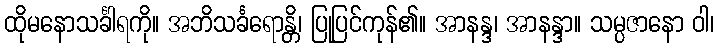
ထိုမနောသင်္ခါရကို။ အဘိသင်္ခရောန္တိ၊ ပြုပြင်ကုန်၏။ အာနန္ဒ၊ အာနန္ဒာ။ သမ္ပဇာနော ဝါ၊